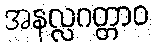
အနလ္လဂတ္တာဝ